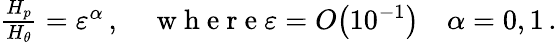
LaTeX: \begin{array}{r}{\frac{H_{p}}{H_{\theta}}={\varepsilon}^{\alpha}\, ,\quad\mathrm{~w~h~e~r~e~}{\varepsilon}={O}\! \left(10^{-1}\right)\quad\alpha=0,1\, .}\end{array}